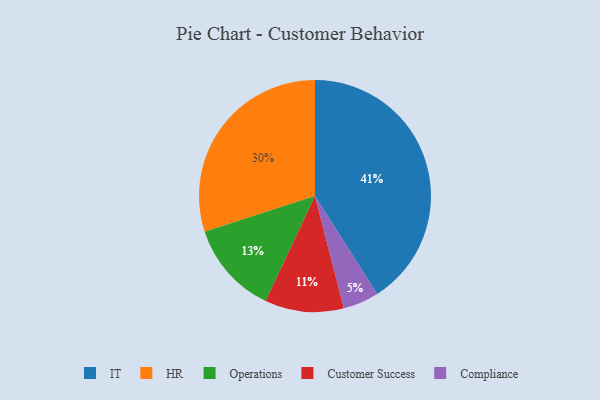
{"axis": {"x": "Category", "y": "Percentage"}, "legend": ["Compliance", "Customer Success", "HR", "IT", "Operations"], "data": [{"x": "IT", "y": 41, "type": "IT"}, {"x": "Customer Success", "y": 11, "type": "Customer Success"}, {"x": "Compliance", "y": 5, "type": "Compliance"}, {"x": "HR", "y": 30, "type": "HR"}, {"x": "Operations", "y": 13, "type": "Operations"}]}